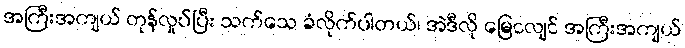
အကြီးအကျယ် တုန်လှုပ်ပြီး သက်သေ ခံလိုက်ပါတယ်၊ အဲဒီလို မြေငလျင် အကြီးအကျယ်